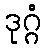
ဒုဂ္ဂံ